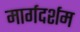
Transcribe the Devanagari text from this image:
मार्गदर्शम